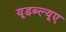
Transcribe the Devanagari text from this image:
यूडब्ल्यूए